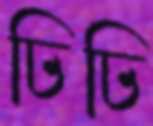
ঢিঢি